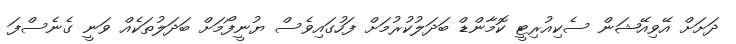
ދަށަށް އޭވިއޭޝަން ސެކިއުރިޓީ ކޮމާންޑް ބަދަލުކުރުމަށް ފަހުގައިވެސް ޔުނީފޯމަށް ބަދަލުތަކެއް ވަނީ ގެނެސްފަ